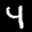
Label: 4